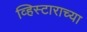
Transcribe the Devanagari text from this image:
व्हिस्टाराच्या